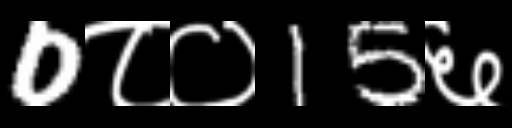
Text: 0८०15६